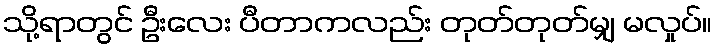
သို့ရာတွင် ဦးလေး ပီတာကလည်း တုတ်တုတ်မျှ မလှုပ်။